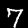
Digit: 7